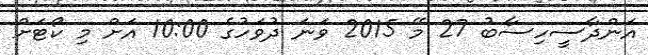
އަންދާސީހިސާބު 27 މޭ 2015 ވަނަ ދުވަހުގެ 10:00 އަށް މި ކޯޓަށް